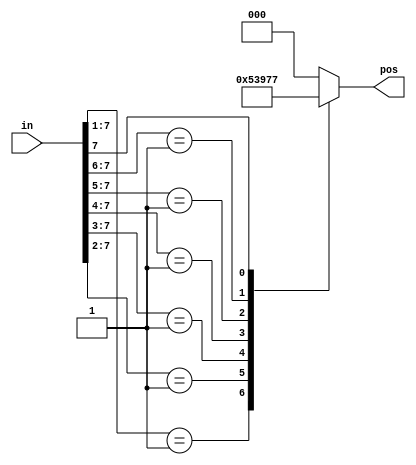
module top_module (
    input [7:0] in,
    output reg [2:0] pos );

    always @(*) begin
        casez (in)
            8'b00000001: pos = 3'd0;
            8'b0000001?: pos = 3'd1;
            8'b000001??: pos = 3'd2;
            8'b00001???: pos = 3'd3;
            8'b0001????: pos = 3'd4;
            8'b001?????: pos = 3'd5;
            8'b01??????: pos = 3'd6;
            8'b1???????: pos = 3'd7;
            default:     pos = 3'd0;
        endcase
    end

endmodule